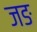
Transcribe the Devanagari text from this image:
जङ